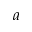
a